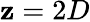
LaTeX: \mathbf{z}=2D